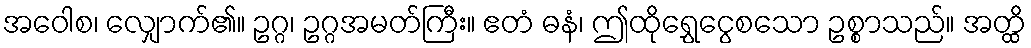
အဝေါစ၊ လျှောက်၏။ ဥဂ္ဂ၊ ဥဂ္ဂအမတ်ကြီး။ ဧတံ ဓနံ၊ ဤထိုရွှေငွေစသော ဥစ္စာသည်။ အတ္ထိ